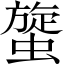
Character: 䗠